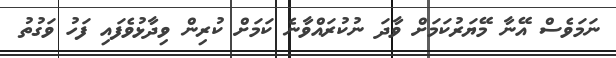
ނަމަވެސް އޭނާ މޭޔަރުކަމަށް ވާދަ ނުކުރައްވާނެ ކަމަށް ކުރިން ވިދާޅުވެފައި ފަހު ވަގުތު